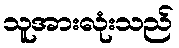
သူအားလုံးသည်